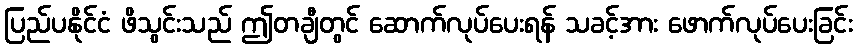
ပြည်ပနိုင်ငံ ဖိသွင်းသည် ဤတချီတွင် ဆောက်လုပ်ပေးရန် သခင့်အား ဖောက်လုပ်ပေးခြင်း